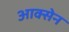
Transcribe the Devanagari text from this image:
आक्सेन